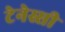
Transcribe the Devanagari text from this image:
टेनेस्सी